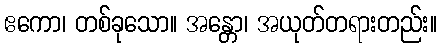
ဧကော၊ တစ်ခုသော။ အန္တော၊ အယုတ်တရားတည်း။